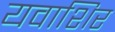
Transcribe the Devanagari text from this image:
यवाशिर